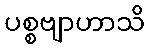
ပစ္စဗျာဟာသိ